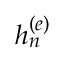
h _ { n } ^ { ( e ) }